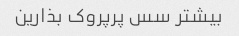
بیشتر سس پرپروک بذارین